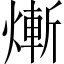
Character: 𤍖